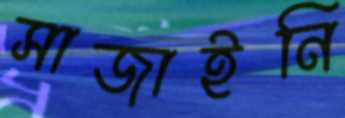
সাজাইনি